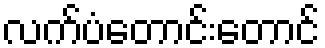
လက်ပံတောင်းတောင်